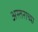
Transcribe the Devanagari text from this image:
अस्तराच्या